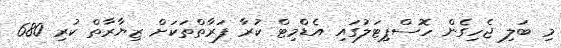
މި ބަލި ޖެހިގެން ހޮސްޕިޓަލުގައި އެޑްމިޓް ކުރާ ފަރާތްތަކަށް ޒިޔާރާތް ކުރި 680